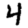
Digit: 4